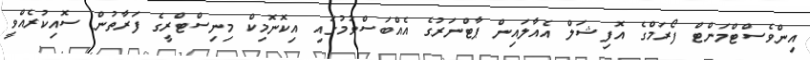
އިންވެސްޓްމަންޓް ފޯރަމްގެ އޮފިޝަލް އެއާލައިން ޕާޓްނަރުގެ އެއްބަސްވުމުގައި އިކޮނޮމިކް މިނިސްޓްރީގެ ފަރާތުން ސޮއިކުރެއްވީ